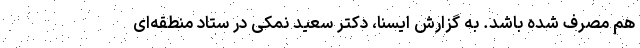
هم مصرف شده باشد. به گزارش ایسنا، دکتر سعید نمکی در ستاد منطقه‌ای